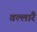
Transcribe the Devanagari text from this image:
वल्लारै